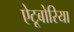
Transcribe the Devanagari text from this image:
ऐटूबोरिया